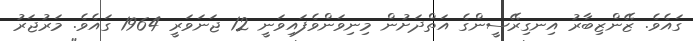
ގައެވެ. ޒޭންޒިބާރު އިނގިރޭސީންގެ އަތްދަށުން މިނިވަންވެފައިވަނީ 12 ޖަނަވަރީ 1964 ގައެވެ. މަރުޖަރު